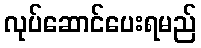
လုပ်ဆောင်ပေးရမည်